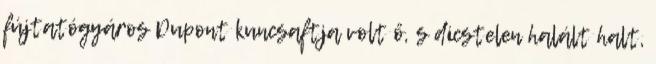
fújtatógyáros Dupont kuncsaftja volt ő, s dicstelen halált halt,